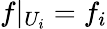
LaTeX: f|_{U_{i}}=f_{i}